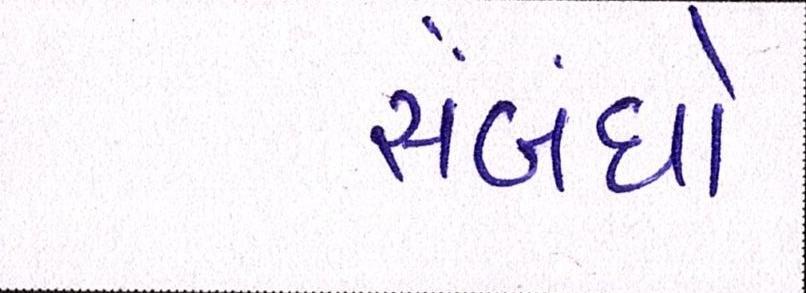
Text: સંબંધો